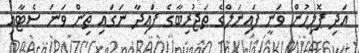
އަދި ޕޮލިހުން ވަނީ ފައިނަލްގެ ތަޖުރިބާގެ ފައިދާ ނަގައި ތިން ވަނަ ސެޓާއި